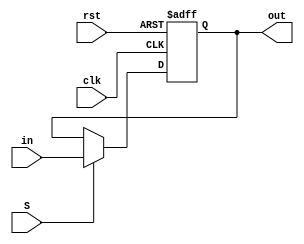
module status_register (input [3:0] in, input S, clk, rst, output reg [3:0] out);
  always @ (negedge clk, posedge rst) begin
    if (rst)
      out <= 4'b0;
    else if (S) begin
      out <= in;
    end
  end
endmodule